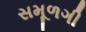
સમૂળગી